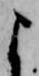
よ